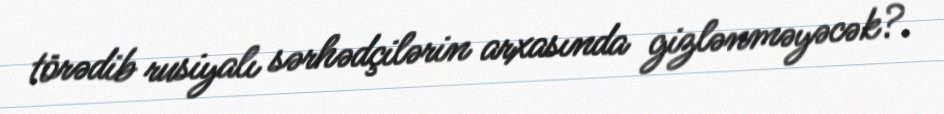
törədib rusiyalı sərhədçilərin arxasında gizlənməyəcək?.